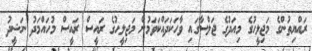
ރައްޔިތުންގެ މަޖިލީހުގެ މިއަދުގެ ޖަލްސާގައި ވާހަކަދައްކަވަމުން މަޖިލީހުގެ ރައީސް ރައީސް މުހައްމަދު ނަޝީދު